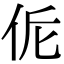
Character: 𠈁